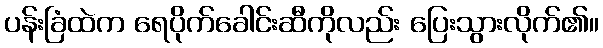
ပန်းခြံထဲက ရေပိုက်ခေါင်းဆီကိုလည်း ပြေးသွားလိုက်၏။